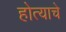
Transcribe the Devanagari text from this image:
होत्याचे